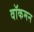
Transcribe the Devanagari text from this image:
वॉकमन